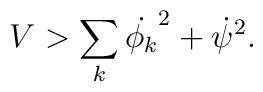
{V>\sum_k\dot{\phi_k}^2+\dot{\psi}^2.}